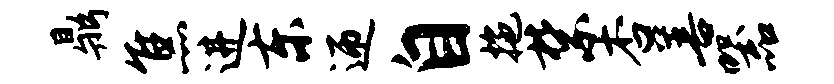
鼎焦进东迎自拖禁杏善器